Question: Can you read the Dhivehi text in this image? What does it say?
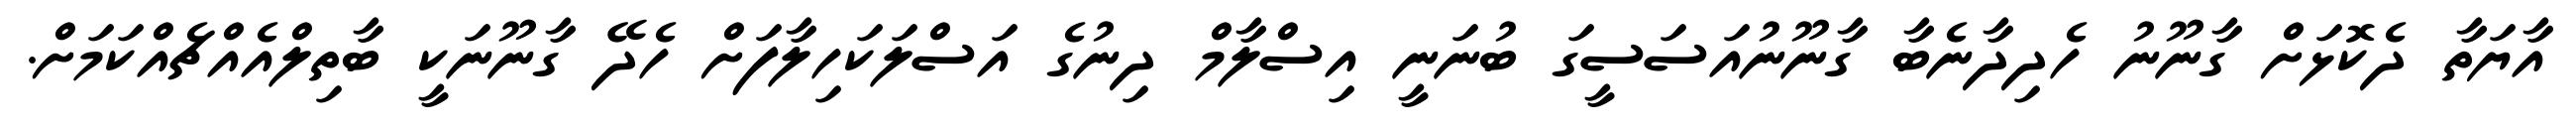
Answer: އާޔަތާ ދެކޮޅަށް ގާނޫނު ހެދިދާނެބާ ގާނޫނުއަސަސީގަ ބުނަނީ އިސްލާމް ދިނުގެ އަސްލަކަހިލާފަށް ހެދޭ ގާނޫނަކީ ބާތިލްއެއްޗެއްކަމަށް.